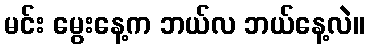
မင်း မွေးနေ့က ဘယ်လ ဘယ်နေ့လဲ။